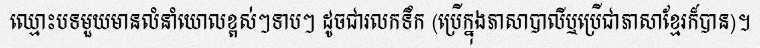
ឈ្មោះបទមួយមានលំនាំយោលខ្ពស់ៗទាបៗ ដូចជារលកទឹក (ប្រើក្នុងភាសាបាលីឬប្រើជាភាសាខ្មែរក៏បាន)។